65_HS1-834228961_62-HQ-83894_Section_6
Agency: FBI
Page 102
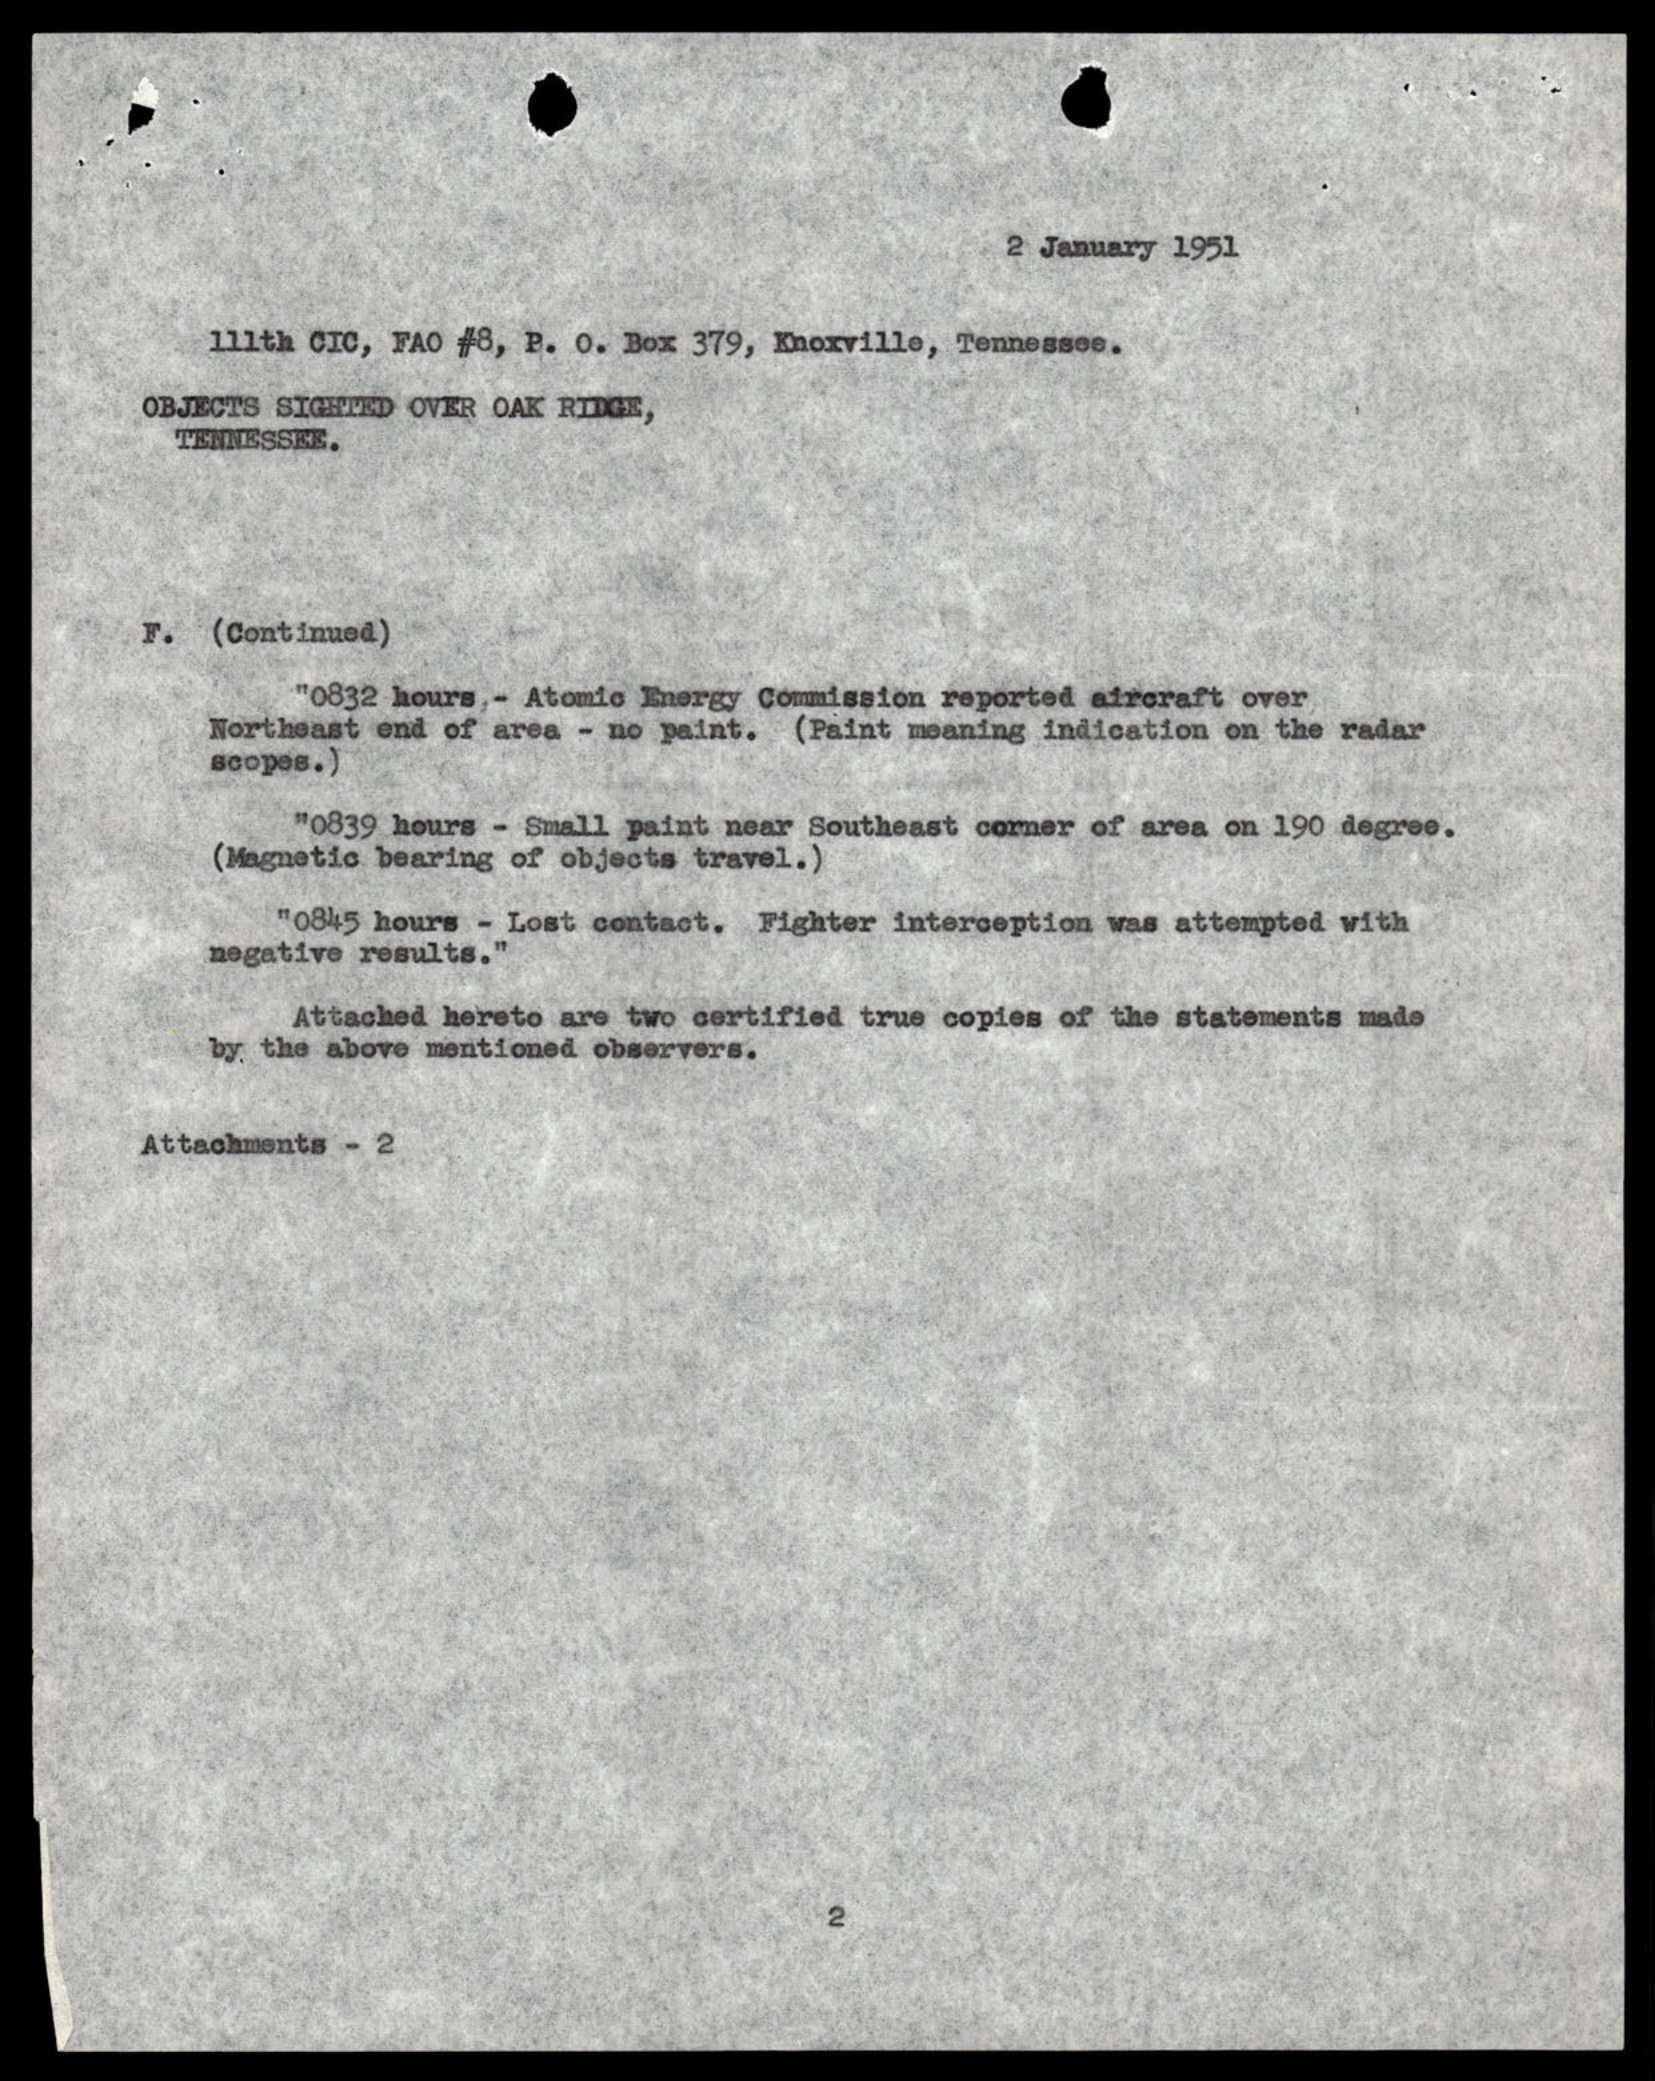